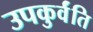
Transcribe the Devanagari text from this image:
उपकुर्वंति